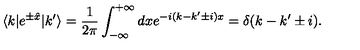
\langle k | e ^ { \pm \hat { x } } | k ^ { \prime } \rangle = \frac { 1 } { 2 \pi } \int _ { - \infty } ^ { + \infty } d x e ^ { - i ( k - k ^ { \prime } \pm i ) x } = \delta ( k - k ^ { \prime } \pm i ) .